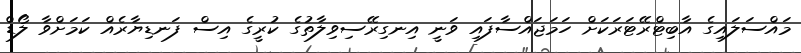
މައްސަލައިގެ އާބިޓްރޭޓަރަކަށް ހަމަޖައްސާފައި ވަނީ އިނގިރޭސިވިލާތުގެ ކުރީގެ އިސް ފަނޑިޔާރެއް ކަމަށްވާ ލޯޑް